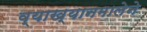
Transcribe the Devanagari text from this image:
व्याख्यानमालेने